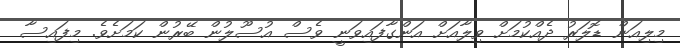
މިލިއަން ޑޮލަރު ދެއްކުމަށް ވިލާއަށް އަންގާފައިވަނީ ވެސް އުސޫލުން ބޭރުން ކަމަށެވެ. މިފައިސާ